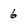
Character: 6